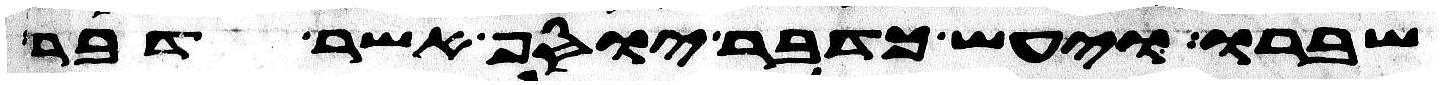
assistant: שברו ויעש כדבר יוסף אשר דבר